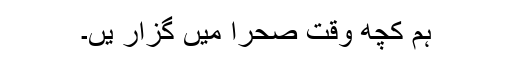
ہم کچھ وقت صحرا میں گزار یں۔